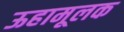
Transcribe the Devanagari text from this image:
ऊहामूलक